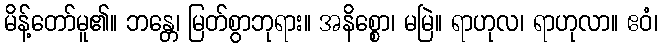
မိန့်တော်မူ၏။ ဘန္တေ၊ မြတ်စွာဘုရား။ အနိစ္စော၊ မမြဲ။ ရာဟုလ၊ ရာဟုလာ။ ဧဝံ၊